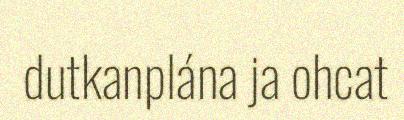
dutkanplána ja ohcat